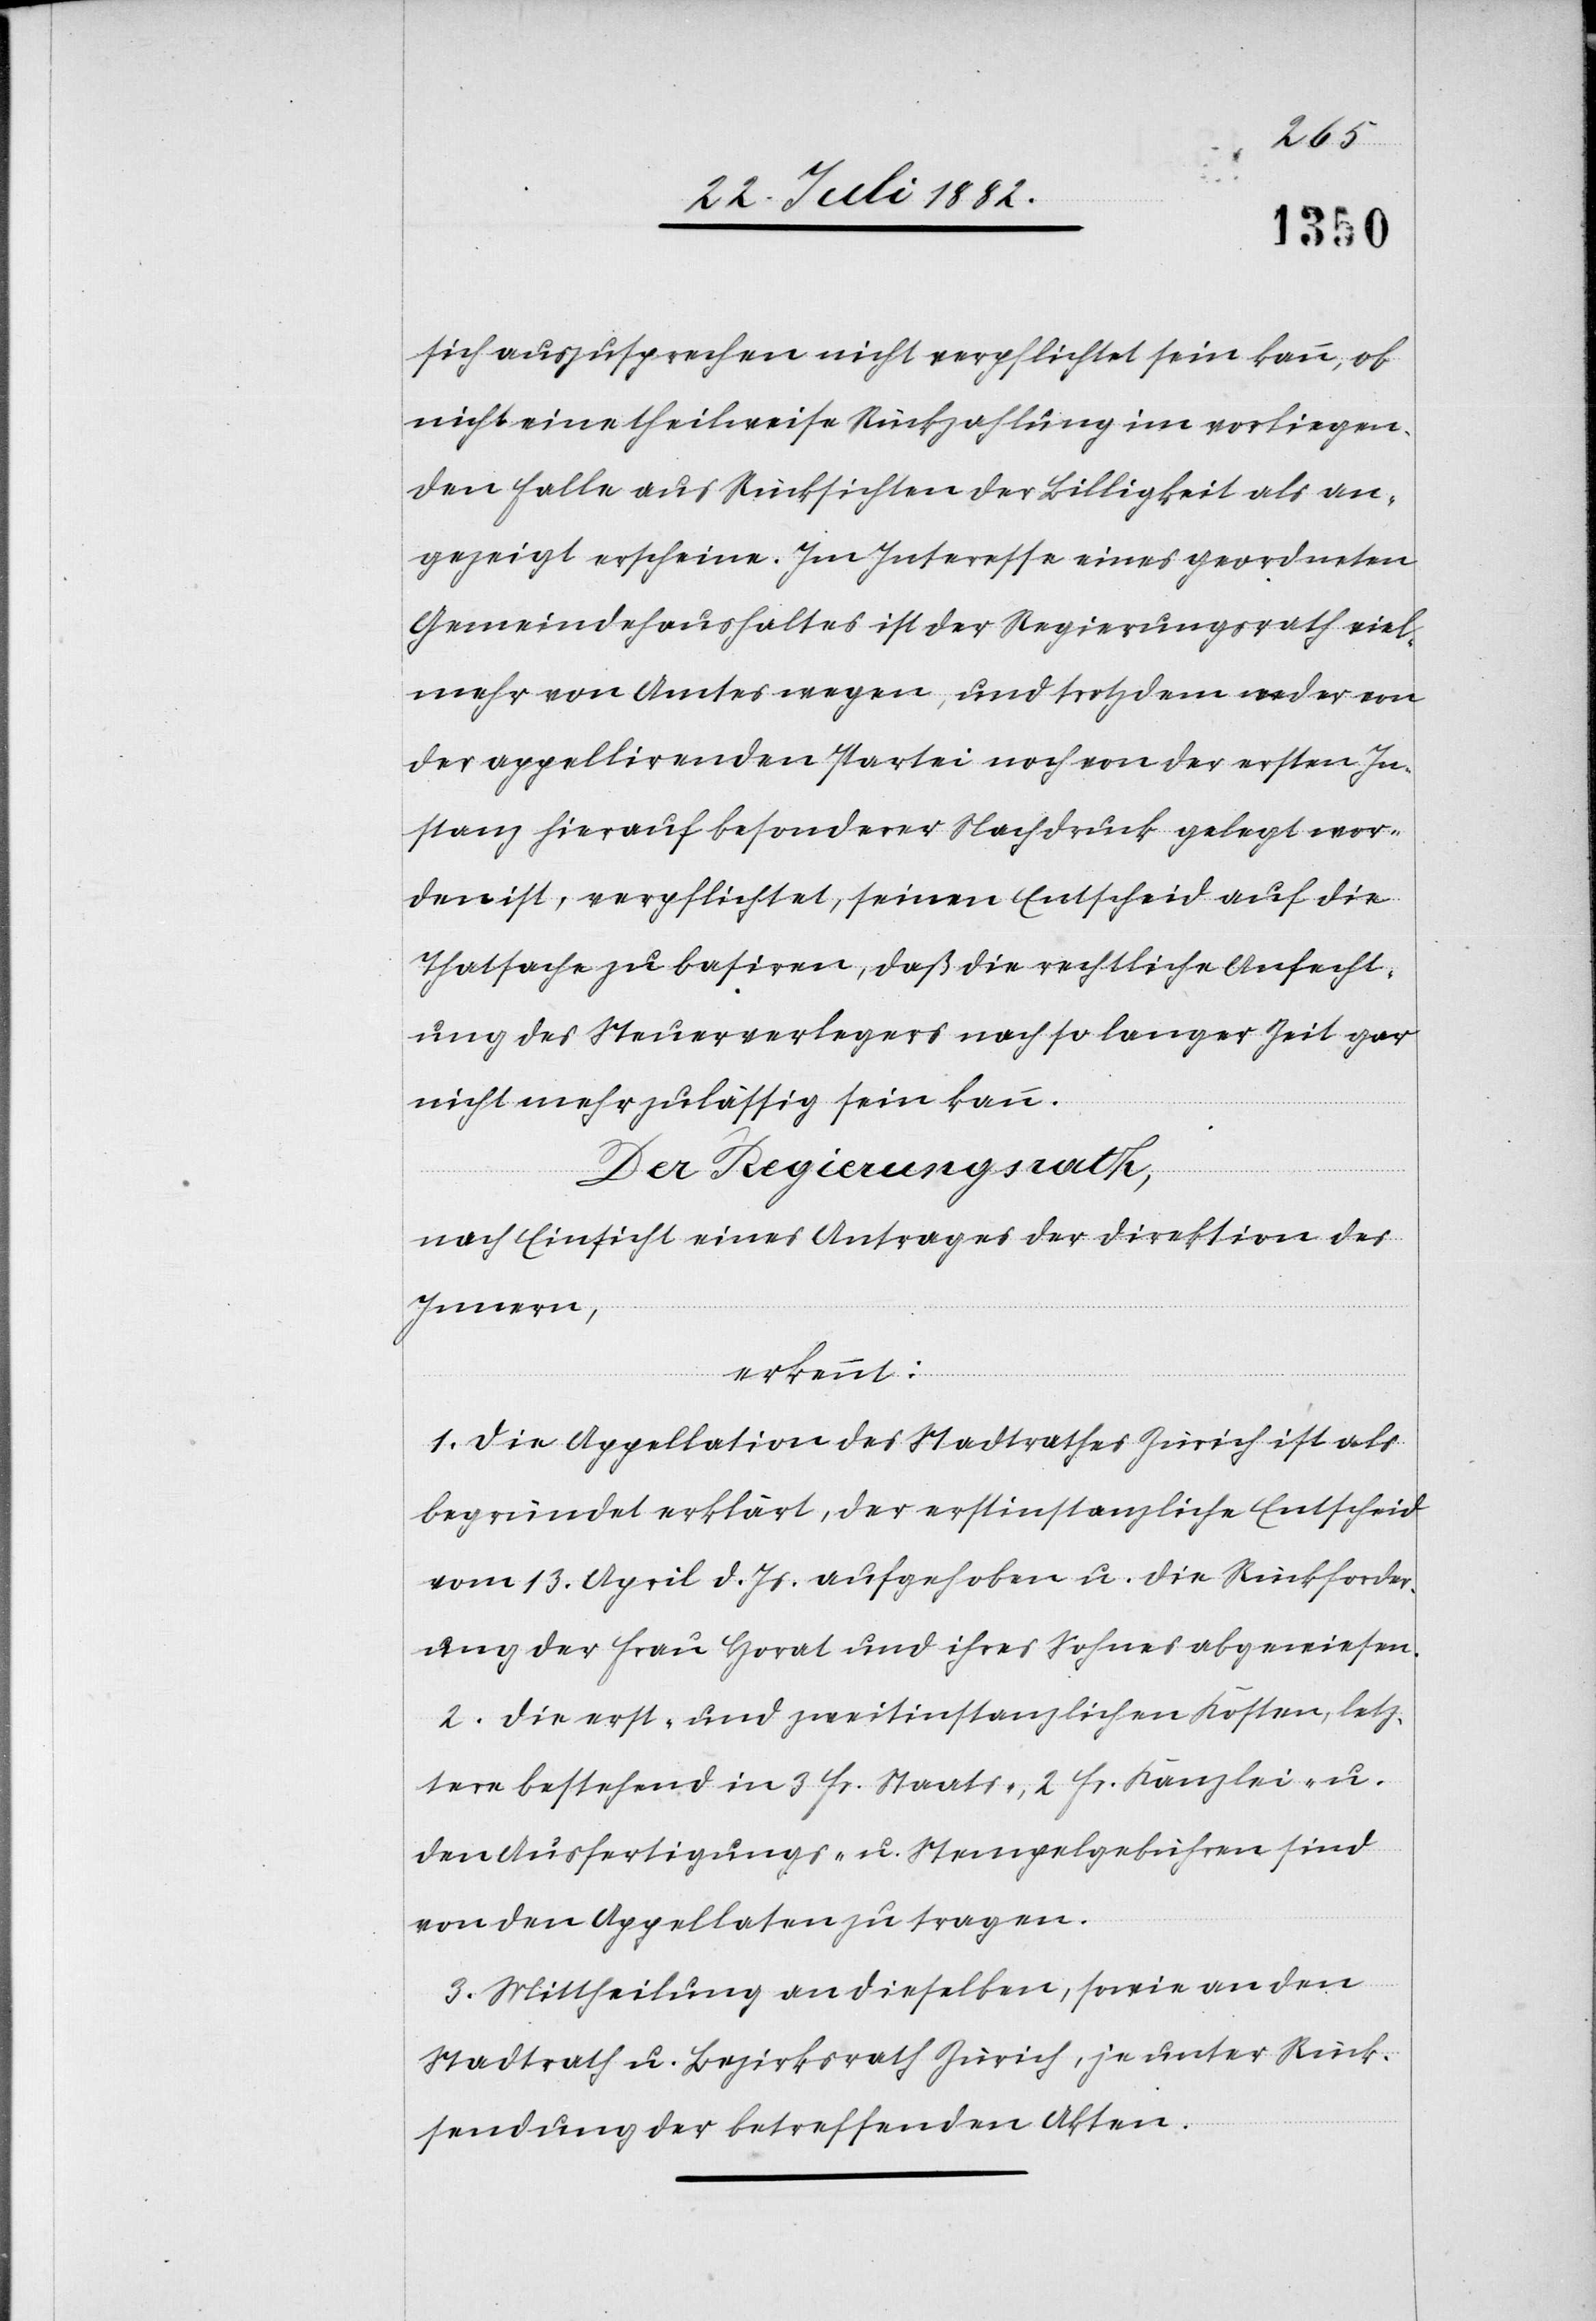
sich auszusprechen nicht verpflichtet sein kann, ob
nicht eine theilweise Rückzahlung im vorliegen¬
den Falle aus Rücksichten der Billigkeit als an¬
gezeigt erscheine. Im Interesse eines geordneten
Gemeindehaushaltes ist der Regierungsrath viel¬
mehr von Amtes wegen, und trotzdem weder von
der appellirten Partei noch von der ersten In¬
stanz hierauf besonderer Nachdruck gelegt wor¬
den ist, verpflichtet, seinen Entscheid auf die
Thatsache zu basiren, daß die rechtliche Anfecht¬
ung des Steuerverlegers nach so langer Zeit gar
nicht mehr zulässig sein kann.
Der Regierungsrath,
nach Einsicht eines Antrages der Direktion des
Innern,
erkennt:
1. Die Appellation des Stadtrathes Zürich ist als
begründet erklärt, der erstinstanzliche Entscheid
vom 13. April d. Js. aufgehoben u. die Rückforder¬
ung der Frau Horat und ihres Sohnes abgewiesen.
2. Die erst- und zweitinstanzlichen Kosten, letz¬
tere bestehend in 3 Fr. Staats-, 2 Fr. Kanzlei- u.
den Ausfertigungs- u. Stempelgebühren sind
von den Appellaten zu tragen.
3. Mittheilung an dieselben, sowie an den
Stadtrath u. Bezirksrath Zürich, je unter Rück¬
sendung der betreffenden Akten.